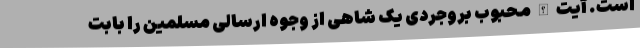
است. آیت الله محبوب بروجردی یک شاهی از وجوه ارسالی مسلمین را بابت